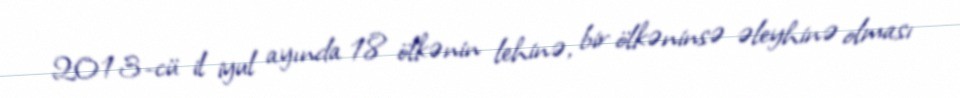
2013-cü il iyul ayında 18 ölkənin lehinə, bir ölkəninsə əleyhinə olması